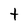
Character: t